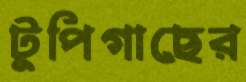
টুপিগাছের